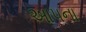
આ૫ના